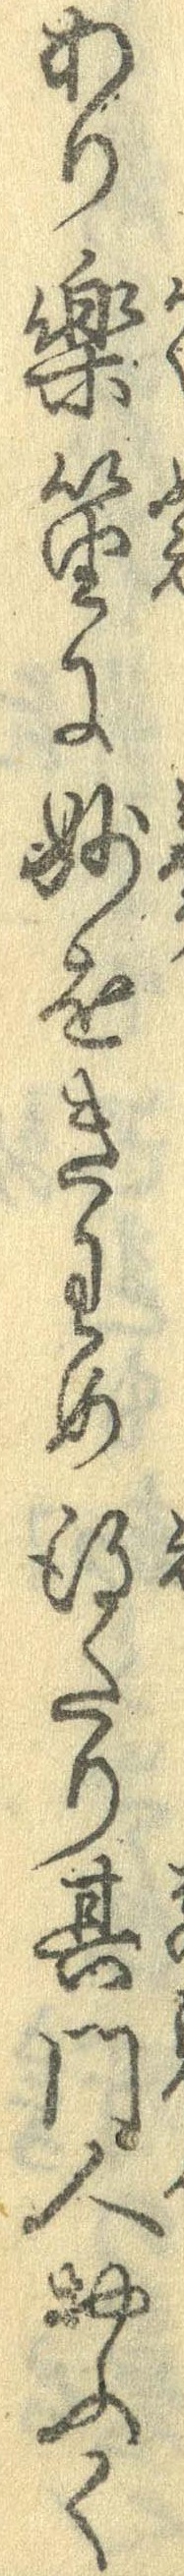
あり楽笛に妙をきわめ得たり其門人おふく